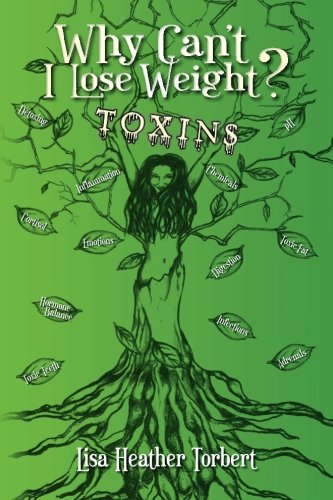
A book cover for Why Can't I Lose Weight?  Toxins: Curing 18 Diseases My Doctors Couldn't With A 35 Pound Weight Loss! Learn About Hormones, Adrenals, Infections, Toxic Fat and Toxic Teeth.; Lisa Heather Torbert; Health, Fitness & Dieting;